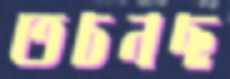
তচনছ